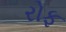
રોફ